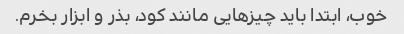
خوب، ابتدا باید چیزهایی مانند کود، بذر و ابزار بخرم.